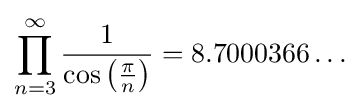
\prod _{n=3}^{\infty }{\frac {1}{\cos \left({\frac {\pi }{n}}\right)}}=8.7000366\ldots